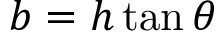
b = h \tan \theta